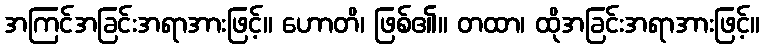
အကြင်အခြင်းအရာအားဖြင့်။ ဟောတိ၊ ဖြစ်၏။ တထာ၊ ထိုအခြင်းအရာအားဖြင့်။